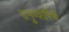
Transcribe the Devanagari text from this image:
उनुप्चारिक